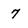
Character: 7